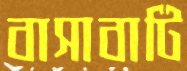
বাসাবাটি